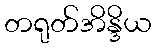
တရုတ်အိန္ဒိယ